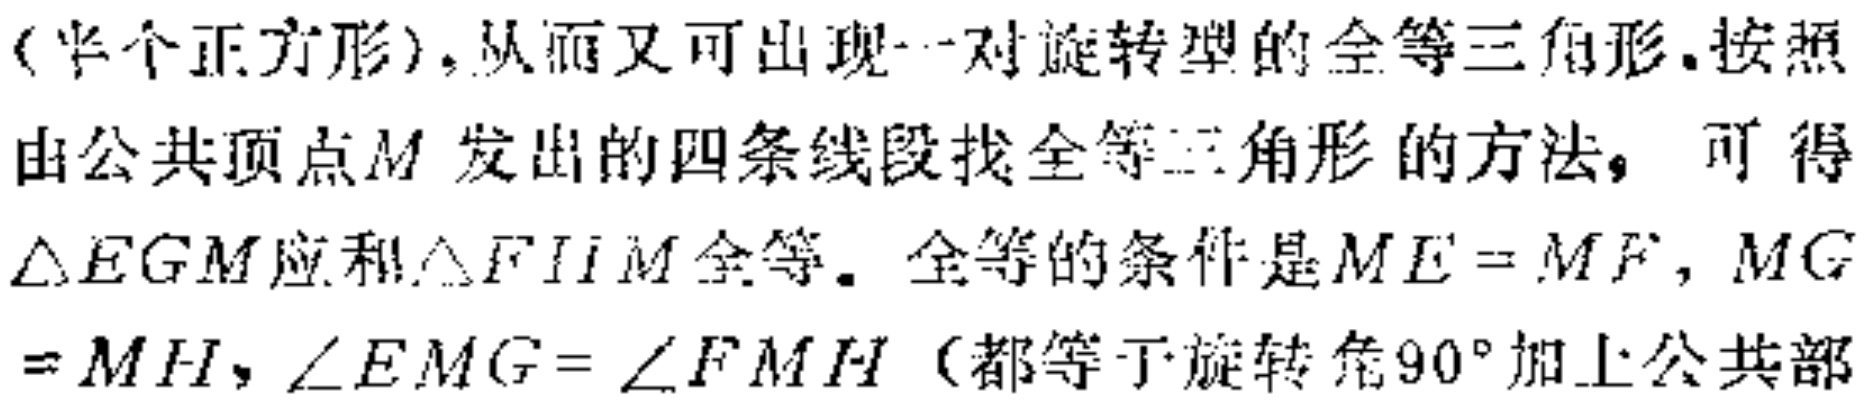
（半个正方形），从而又可出现一对旋转型的全等三角形. 按照由公共顶点\(M\)发出的四条线段找全等三角形的方法，可得\(\triangle EGM\)应和\(\triangle FHM\)全等. 全等的条件是\(ME = MF\)，\(MG=MH\)，\(\angle EMG=\angle FMH\)（都等于旋转角\(90^{\circ}\)加上公共部